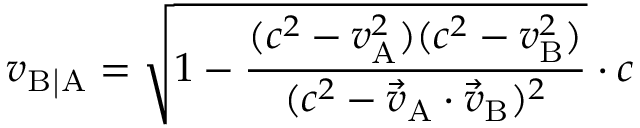
v _ { \mathrm { B | A } } = { \sqrt { 1 - { \frac { ( c ^ { 2 } - v _ { \mathrm { A } } ^ { 2 } ) ( c ^ { 2 } - v _ { \mathrm { B } } ^ { 2 } ) } { ( c ^ { 2 } - { \vec { v } } _ { \mathrm { A } } \cdot { \vec { v } } _ { \mathrm { B } } ) ^ { 2 } } } } } \cdot c